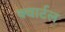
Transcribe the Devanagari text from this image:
क्वार्टल